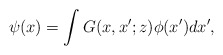
\begin{align*} \psi(x)=\int G(x,x';z)\phi(x')dx',\end{align*}